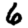
Digit: 6